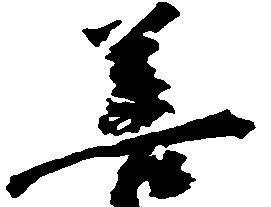
善